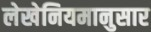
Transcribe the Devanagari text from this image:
लेखेनियमानुसार